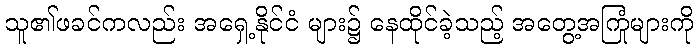
သူ၏ဖခင်ကလည်း အရှေ့နိုင်ငံ များ၌ နေထိုင်ခဲ့သည့် အတွေ့အကြုံများကို